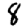
Digit: 8